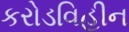
કરોડવિહીન